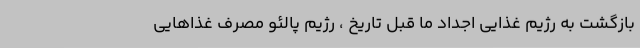
بازگشت به رژیم غذایی اجداد ما قبل تاریخ ، رژیم پالئو مصرف غذاهایی